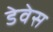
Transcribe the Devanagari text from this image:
डेवेस